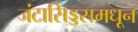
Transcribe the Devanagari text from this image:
जंटासिड्डसमधून